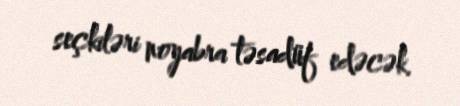
seçkiləri noyabra təsadüf edəcək.